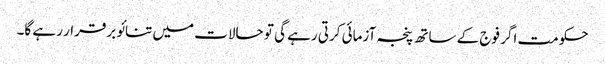
حکومت اگر فوج کے ساتھ پنجہ آزمائی کرتی رہے گی تو حالات میں تنائو برقرار رہے گا۔